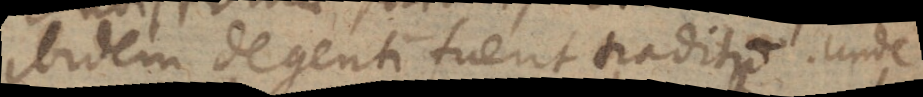
ibidem degenti fuerit traditum. Unde